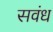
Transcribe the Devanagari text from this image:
सवंध